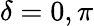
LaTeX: \delta=0,\pi